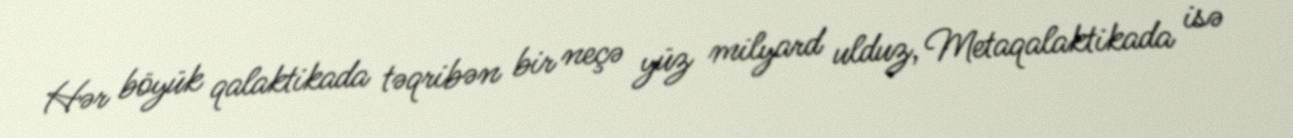
Hər böyük qalaktikada təqribən bir neçə yüz milyard ulduz, Metaqalaktikada isə